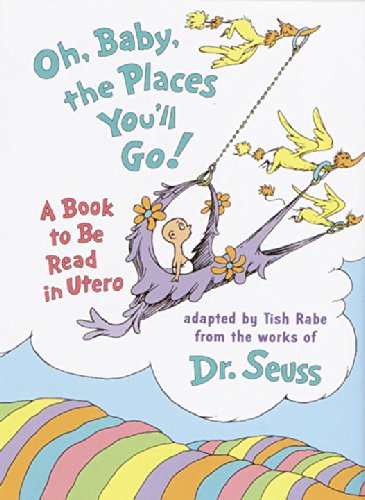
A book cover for Oh, Baby, the Places You'll Go! [Mini Edition]; Dr. Seuss; Children's Books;